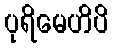
ပုရိမေဟိပိ